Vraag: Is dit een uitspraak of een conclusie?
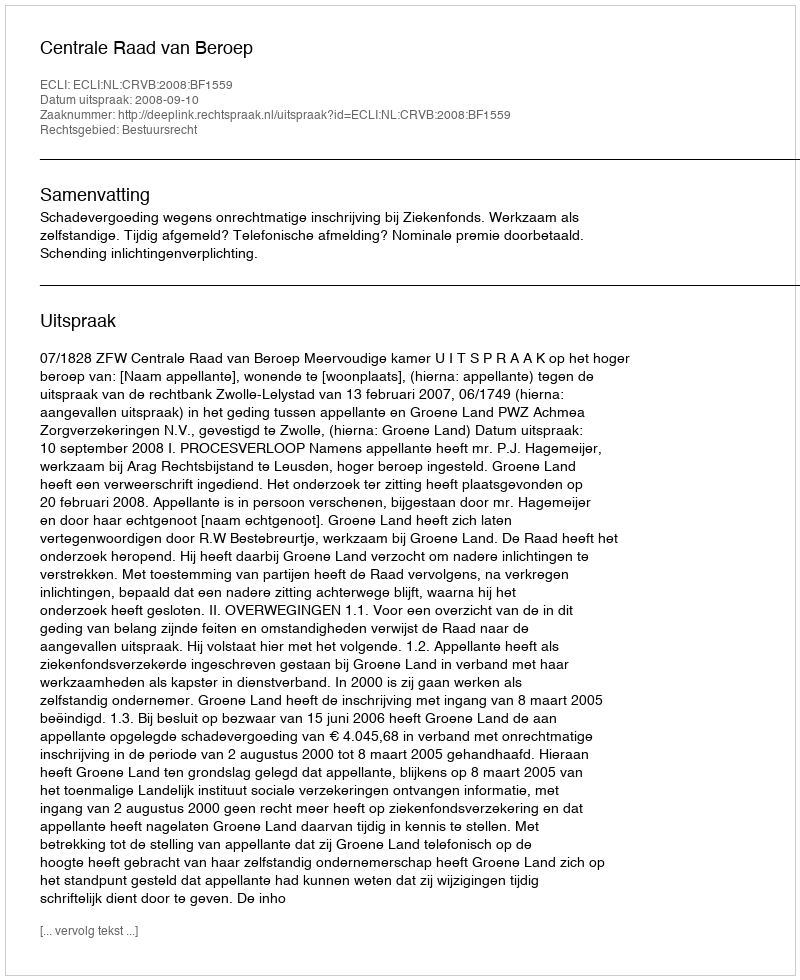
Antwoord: Uitspraak